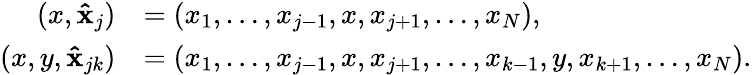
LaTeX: \begin{array}{rl}{(x,\mathbf{\hat{x}}_{j})}&{=(x_{1},\dots,x_{j-1},x,x_{j+1},\dots,x_{N}),}\\ {(x,y,\mathbf{\hat{x}}_{jk})}&{=(x_{1},\dots,x_{j-1},x,x_{j+1},\dots,x_{k-1},y,x_{k+1},\dots,x_{N}).}\end{array}